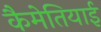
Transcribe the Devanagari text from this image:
कैमेतियाई